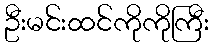
ဦးမင်းထင်ကိုကိုကြီး